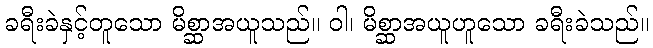
ခရီးခဲနှင့်တူသော မိစ္ဆာအယူသည်။ ဝါ၊ မိစ္ဆာအယူဟူသော ခရီးခဲသည်။